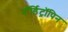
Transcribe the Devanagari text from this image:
नॉर्डिट्रॉपिन